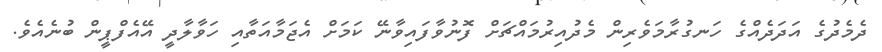
ދެމެދުގެ އަދަދެއްގެ ހަނގުރާމަވެރިން މެދުއިރުމައްޗަށް ފޮނުވާފައިވާނޭ ކަމަށް އެޖަމާއަތާއި ހަވާލާދީ އޭއެފްޕީން ބުނެއެވެ.